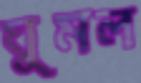
ঘুমল